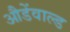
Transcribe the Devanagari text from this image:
औडेंवाल्ड